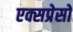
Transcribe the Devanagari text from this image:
एक्सप्रेसो